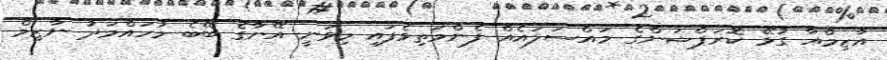
އާޒިމްއާ ގުޅޭ ކޮރަޕްޝަންގެ މައްސަލައެއް ފެންމަތިވެފައި މިވަނީ އޭނާގެ ބޭބެ މުހައްމަދު ނާޒިމް